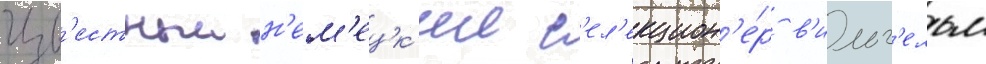
Изв'естныи н'ем'ецк'ии с'ел'екцион'е́р в'ильг'ельм